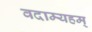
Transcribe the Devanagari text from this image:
वदाम्यहम्